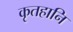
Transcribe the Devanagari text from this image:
कृतहानि